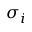
\sigma _ { i }